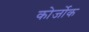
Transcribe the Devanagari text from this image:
कोर्जोक